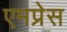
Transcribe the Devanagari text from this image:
एमप्रेस